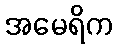
အမေရိက